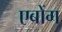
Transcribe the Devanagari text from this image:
एबोंग